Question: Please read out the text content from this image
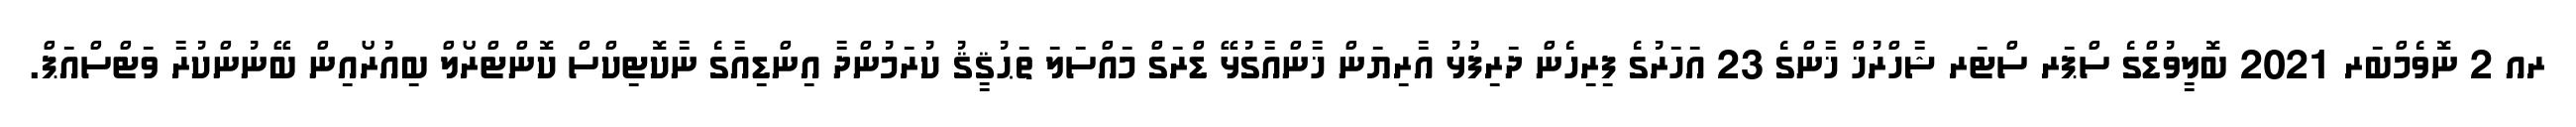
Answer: ރއ 2 ނޮވެމްބަރ 2021 ބޮލީވުޑްގެ ސްޕަރ ސްޓަރ ޝާހްރުޚް ޚާންގެ 23 އަހަރުގެ ފިރިހެން ދަރިފުޅު އާރިޔަން ޚާންއާގުޅޭ ޑްރަގް މައްސަލަ ތަޙުޤީޤު ކުރަމުންދާ އިންޑިއާގެ ނާކޮޓިކްސް ކޮންޓްރޯލް ބިއުރޯއިން ބޭނުންކުރާ ވަޓްސްއަޕް.